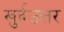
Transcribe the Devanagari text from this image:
खुर्दउत्तर